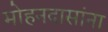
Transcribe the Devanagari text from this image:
मोहनदासांना